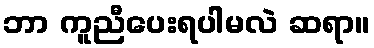
ဘာ ကူညီပေးရပါမလဲ ဆရာ။